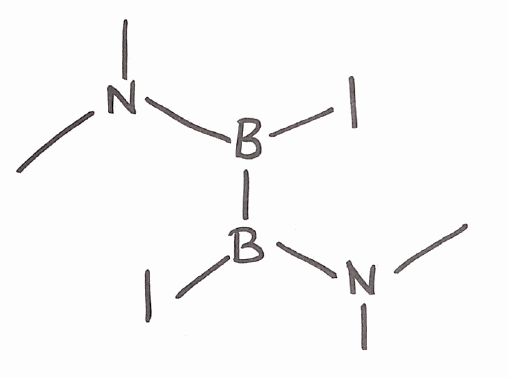
Simplified molecular-input line-entry system (SMILES) notation of the given molecule:
B(B(N(C)C)I)(N(C)C)I